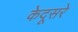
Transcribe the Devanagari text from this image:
केदूसरे